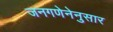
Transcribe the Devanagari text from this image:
जनगणेनेनुसार